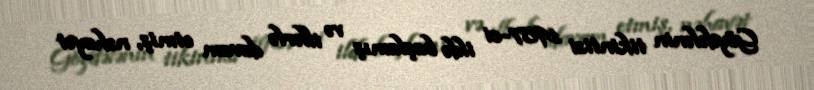
Göydələnin tikintisi 1987-ci ildə başlamış və illərlə davam etmiş, nəhayət